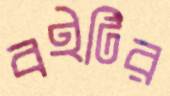
বইটির